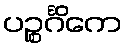
ပဉ္စင်္ဂိကေ